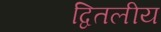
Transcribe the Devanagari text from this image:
द्वितलीय